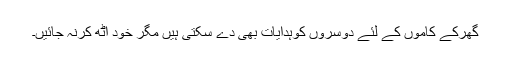
گھرکے کاموں کے لئے دُوسروں کوہدایات بھی دے سکتی ہیں مگر خود اُٹھ کرنہ جائیں۔